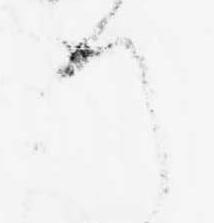
て